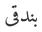
بندقى